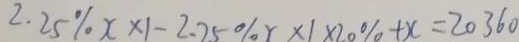
2 . 2 5 \% x \times 1 - 2 . 2 5 \% r \times 1 \times 2 0 \% + x = 2 0 3 6 0